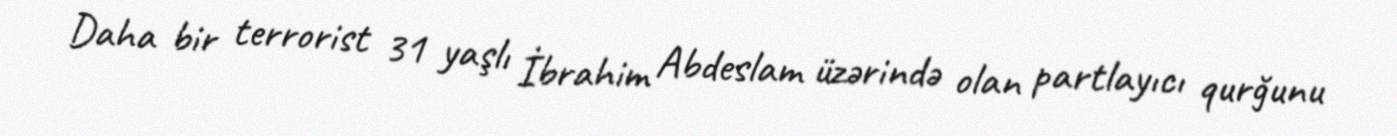
Daha bir terrorist 31 yaşlı İbrahim Abdeslam üzərində olan partlayıcı qurğunu